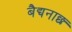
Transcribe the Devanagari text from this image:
बैद्यनाछ